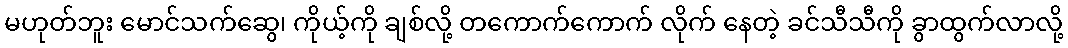
မဟုတ်ဘူး မောင်သက်ဆွေ၊ ကိုယ့်ကို ချစ်လို့ တကောက်ကောက် လိုက် နေတဲ့ ခင်သီသီကို ခွာထွက်လာလို့